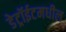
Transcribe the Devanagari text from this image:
डेट्रॉईटमधील